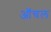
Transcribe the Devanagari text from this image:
ऑचल